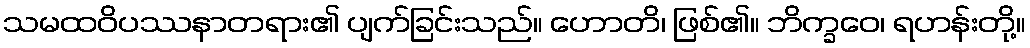
သမထဝိပဿနာတရား၏ ပျက်ခြင်းသည်။ ဟောတိ၊ ဖြစ်၏။ ဘိက္ခဝေ၊ ရဟန်းတို့။